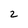
Character: 2